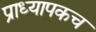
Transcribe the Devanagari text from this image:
प्राध्यापकच